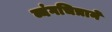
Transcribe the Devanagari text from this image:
व्यंगचित्राने